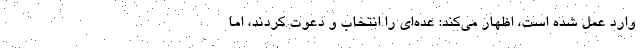
وارد عمل شده است، اظهار می‌کند: عده‌ای را انتخاب و دعوت کردند، اما